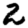
Digit: 2